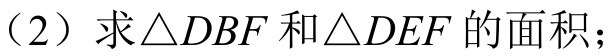
（2）求\(\triangle DBF\)和\(\triangle DEF\)的面积；